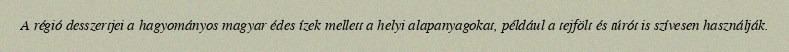
A régió desszertjei a hagyományos magyar édes ízek mellett a helyi alapanyagokat, például a tejfölt és túrót is szívesen használják.